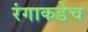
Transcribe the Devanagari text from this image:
रंगाकडेच